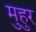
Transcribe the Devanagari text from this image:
मुहुर